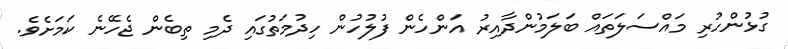
ގުޅުންހުރި މައްސަލަތައް ބަލަމުންދާއިރު އަންހެން ފުލުހުން ހިދުމަތުގައި ދެމި ތިބެން ޖެހޭނެ ކަމަށެވެ.